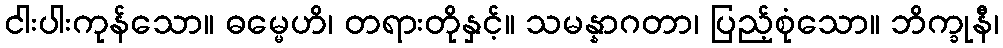
ငါးပါးကုန်သော။ ဓမ္မေဟိ၊ တရားတိုနှင့်။ သမန္နာဂတာ၊ ပြည့်စုံသော။ ဘိက္ခုနီ၊